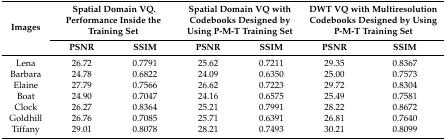
<table><thead><tr><td rowspan="2"><b>Images</b></td><td colspan="2"><b>Spatial Domain VQ. Performance Inside the Training Set</b></td><td colspan="2"><b>Spatial Domain VQ with Codebooks Designed by Using P-M-T Training Set</b></td><td colspan="2"><b>DWT VQ with Multiresolution Codebooks Designed by Using P-M-T Training Set</b></td></tr><tr><td><b>PSNR</b></td><td><b>SSIM</b></td><td><b>PSNR</b></td><td><b>SSIM</b></td><td><b>PSNR</b></td><td><b>SSIM</b></td></tr></thead><tbody><tr><td>Lena</td><td>26.72</td><td>0.7791</td><td>25.62</td><td>0.7211</td><td>29.35</td><td>0.8367</td></tr><tr><td>Barbara</td><td>24.78</td><td>0.6822</td><td>24.09</td><td>0.6350</td><td>25.00</td><td>0.7573</td></tr><tr><td>Elaine</td><td>27.79</td><td>0.7566</td><td>26.62</td><td>0.7223</td><td>29.72</td><td>0.8304</td></tr><tr><td>Boat</td><td>24.90</td><td>0.7047</td><td>24.16</td><td>0.6575</td><td>25.49</td><td>0.7581</td></tr><tr><td>Clock</td><td>26.27</td><td>0.8364</td><td>25.21</td><td>0.7991</td><td>28.22</td><td>0.8672</td></tr><tr><td>Goldhill</td><td>26.76</td><td>0.7085</td><td>25.71</td><td>0.6391</td><td>26.81</td><td>0.7640</td></tr><tr><td>Tiffany</td><td>29.01</td><td>0.8078</td><td>28.21</td><td>0.7493</td><td>30.21</td><td>0.8099</td></tr></tbody></table>